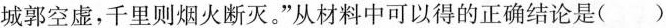
城郭空虚，千里则烟火断灭。”从材料中可以得的正确结论是()